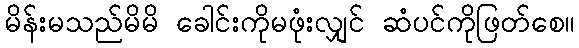
မိန်းမသည်မိမိ ခေါင်းကိုမဖုံးလျှင် ဆံပင်ကိုဖြတ်စေ။